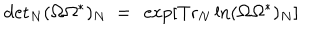
\mathrm { d e t } _ { N } ( \Omega \Omega ^ { * } ) _ { N } \ = \ \exp [ \mathrm { T r } _ { N } \ln ( \Omega \Omega ^ { * } ) _ { N } ]